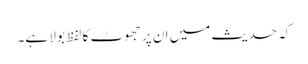
کہ حدیث میں ان پر جھوٹ کا لفظ بولا ہے۔